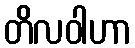
တိလဝါဟာ